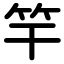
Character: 竿